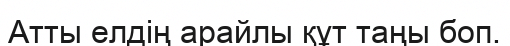
Атты елдің арайлы құт таңы боп.